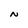
Character: N